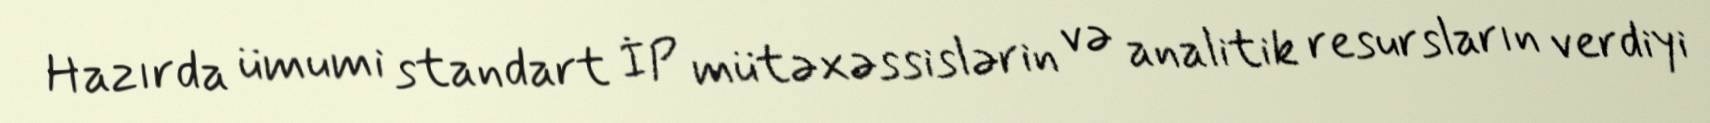
Hazırda ümumi standart İP mütəxəssislərin və analitik resursların verdiyi